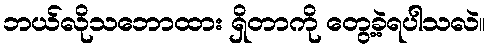
ဘယ်လိုသဘောထား ရှိတာကို တွေ့ခဲ့ရပါသလဲ။